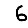
Digit: 6